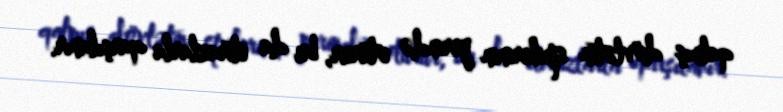
qalmış dövlətin spikerinin yerində oturur, bu da etirazlarla qarşılanır.